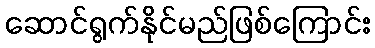
ဆောင်ရွက်နိုင်မည်ဖြစ်ကြောင်း